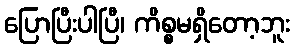
ပြောပြီးပါပြီ၊ ကိစ္စမရှိတော့ဘူး